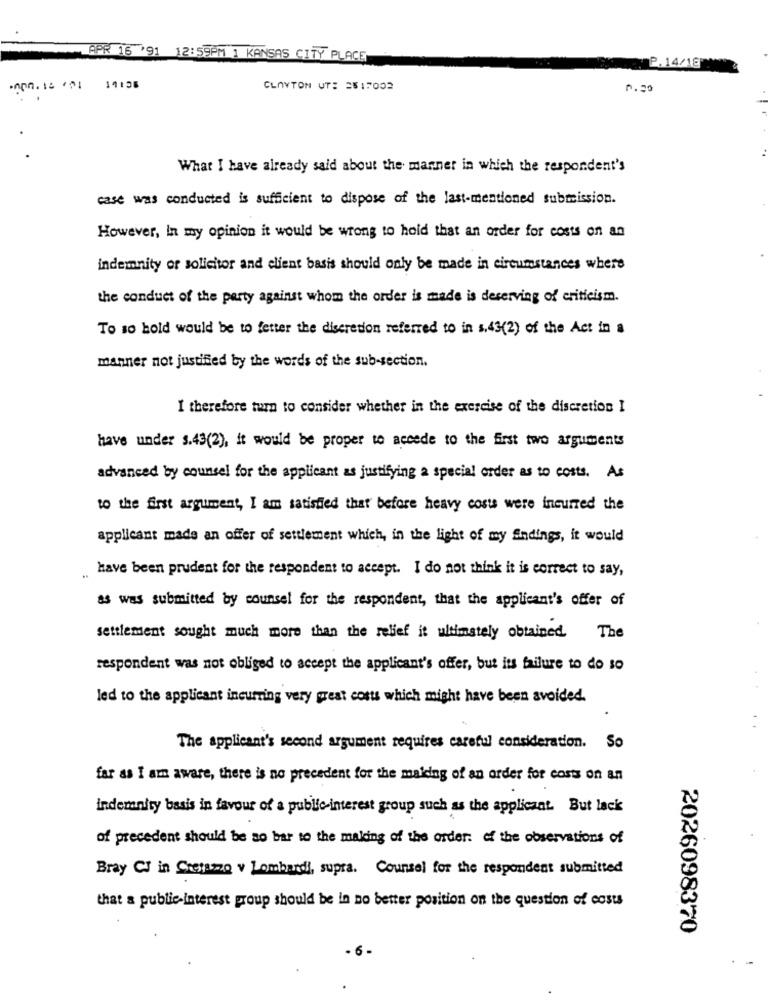
APR 16 '91 12:59PM 1 KANSAS CITY PLACE
P. 14/18
CLAYTON UT: 2517002
0.20
.
What I have already said about the manner in which the respondent's
case was conducted is sufficient to dispose of the last-mentioned submission.
However, In my opinion it would be wrong to hold that an order for costs on an
indemnity or solicitor and client basis should only be made in circumstances where
the conduct of the party against whom the order is made is deserving of criticism.
To so hold would be to fetter the discretion referred to in s.43(2) of the Act in a
manner not justified by the words of the sub-section.
I therefore turn to consider whether in the exercise of the discretion I
have under s.43(2), it would be proper to accede to the first two arguments
advanced by counsel for the applicant as justifying a special order as to costs. As
to the first argument, I am satisfied that before heavy costs were incurred the
applicant made an offer of settlement which, in the light of my Endings, it would
have been prudent for the respondent to accept. I do not think it is correct to say,
as was submitted by counsel for the respondent, that the applicant's offer of
settlement sought much more than the relief it ultimately obtained.
The
respondent was not obliged to accept the applicant's offer, but its failure to do so
led to the applicant incurring very great costs which might have been avoided.
The applicant's second argument requires careful consideration. So
far as I am aware, there is no precedent for the making of an order for costs on an
indemnity basis in favour of a public interest group such as the applicant. But lack
of precedent should be so bar to the making of the order: of the observations of
Bray CJ in Crerazzo v Lombardi, supra. Counsel for the respondent submitted
that a public interest group should be in no better position on the question of costs
2026098370
-